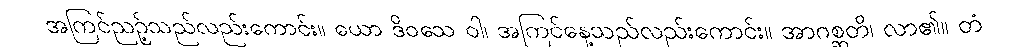
အကြင်ညဉ့်သည်လည်းကောင်း။ ယော ဒိဝသေ ဝါ၊ အကြင်နေ့သည်လည်းကောင်း။ အာဂစ္ဆတိ၊ လာ၏။ တံ